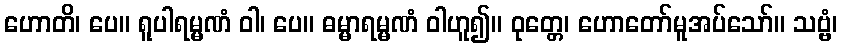
ဟောတိ၊ ပေ။ ရူပါရမ္မဏံ ဝါ၊ ပေ။ ဓမ္မာရမ္မဏံ ဝါဟူ၍။ ဝုတ္တေ၊ ဟောတော်မူအပ်သော်။ သဗ္ဗံ၊